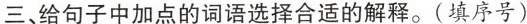
三、给句子中加点的词语选择合适的解释。(填序号)